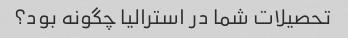
تحصیلات شما در استرالیا چگونه بود؟